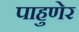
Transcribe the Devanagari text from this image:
पाहुणेर